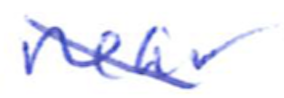
Text: near
Cross-out: diagonal
Writing tool: ballpoint